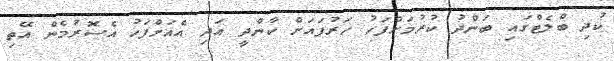
ކުދި ބްލެޓްގައި ބަންދު ކުރުމަށްފަހު ހަރުފައަށް ކާންދީ އަދި އެއަށްފަހު އެސޮރުމެން އޭތި